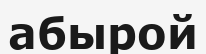
абырой